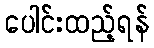
ပေါင်းထည့်ရန်